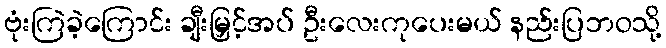
ဗုံးကြဲခဲ့ကြောင်း ချီးမြှင့်အပ် ဦးလေးကုပေးမယ် နည်းပြဘဝသို့